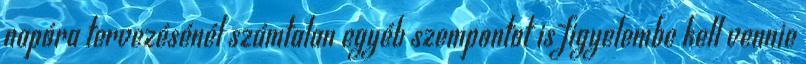
napóra tervezésénél számtalan egyéb szempontot is figyelembe kell vennie